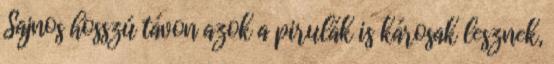
Sajnos hosszú távon azok a pirulák is károsak lesznek,